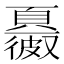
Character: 𩕂